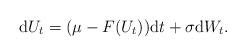
LaTeX: \begin{align*}\mathrm{d}U_t = (\mu - F(U_t)) \mathrm{d}t + \sigma \mathrm{d}W_t. \end{align*}